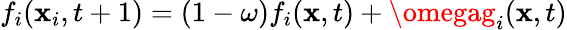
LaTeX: f_{i}(\mathbf{x}_{i},t+1)=(1-\omega)f_{i}(\mathbf{x},t)+\omegag_{i}(\mathbf{x},t)